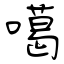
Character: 噶